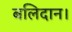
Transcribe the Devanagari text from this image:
बलिदान।